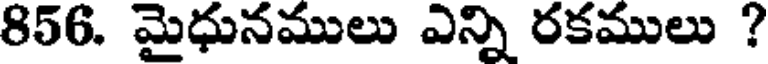
856. మైధునములు ఎన్ని రకములు ?